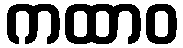
ကထာဝ